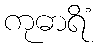
ကုဓာရိံ